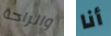
والراحة أنا